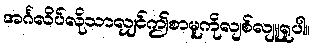
အင်္ဂလိပ်လိုသာလျှင်ဤစာမူကိုလျစ်လျူရှုပါ။